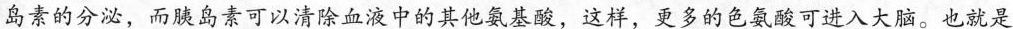
岛素的分泌，而胰岛素可以清除血液中的其他氨基酸，这样，更多的色氨酸可进入大脑。也就是